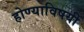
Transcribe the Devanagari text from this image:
होण्याविषयी